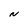
Character: N